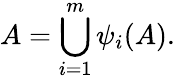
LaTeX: A=\bigcup_{i=1}^{m}\psi_{i}(A).